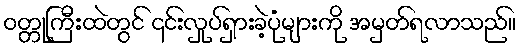
ဝတ္တုကြီးထဲတွင် ၎င်းလှုပ်ရှားခဲ့ပုံများကို အမှတ်ရလာသည်။